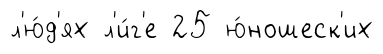
л'ю́д'ях л'и́г'е 25 ю́ношеск'их